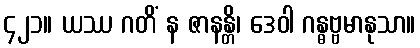
၄၂၁။ ယဿ ဂတိံ န ဇာနန္တိ၊ ဒေဝါ ဂန္ဓဗ္ဗမာနုသာ။